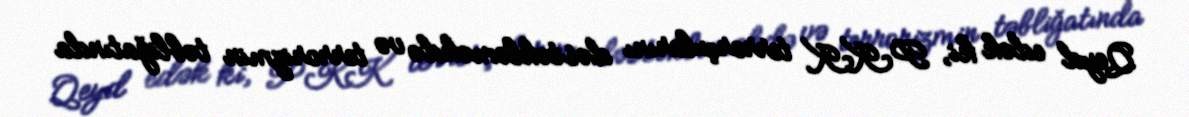
Qeyd edək ki, PKK terrorçularını dəstəkləməkdə və terrorizmin təbliğatında